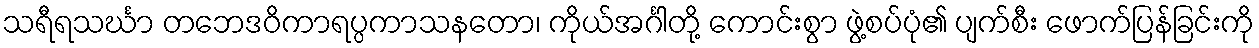
သရီရသင်္ဃာ တဘေဒဝိကာရပ္ပကာသနတော၊ ကိုယ်အင်္ဂါတို့ ကောင်းစွာ ဖွဲ့စပ်ပုံ၏ ပျက်စီး ဖောက်ပြန်ခြင်းကို